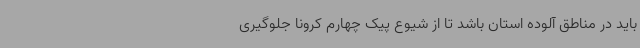
باید در مناطق آلوده استان باشد تا از شیوع پیک چهارم کرونا جلوگیری